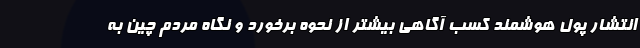
انتشار پول هوشمند کسب آگاهی بیشتر از نحوه برخورد و نگاه مردم چین به